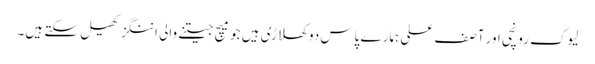
لیوک رونچی اور آصف علی ہمارے پاس دو کھلاڑی ہیں جو میچ جیتنے والی اننگز کھیل سکتے ہیں۔